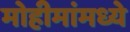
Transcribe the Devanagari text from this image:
मोहीमांमध्ये